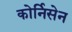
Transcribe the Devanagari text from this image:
कोर्निसेन